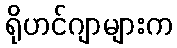
ရိုဟင်ဂျာများက